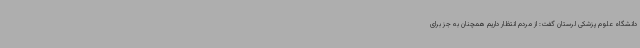
دانشگاه علوم پزشکی لرستان گفت: از مردم انتظار داریم همچنان به جز برای